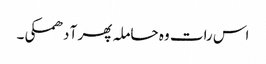
اس رات وہ حاملہ پھر آ دھمکی۔